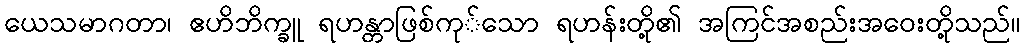
ယေသမာဂတာ၊ ဧဟိဘိက္ခူ ရဟန္တာဖြစ်ကု်သော ရဟန်းတို့၏ အကြင်အစည်းအဝေးတို့သည်။